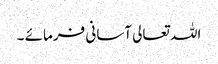
اللہ تعالی آسانی فرمائے ۔